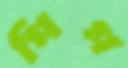
পিপ